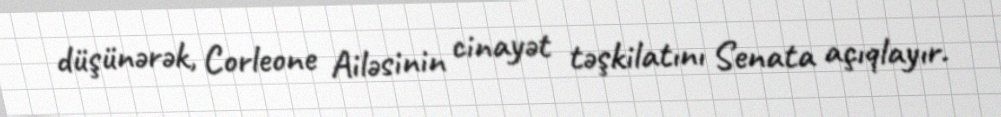
düşünərək, Corleone Ailəsinin cinayət təşkilatını Senata açıqlayır.